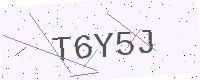
Text: T6Y5J